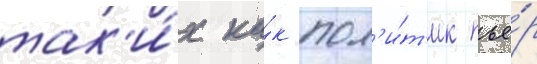
так'и́х ка́к пол'и́т'ик пье́р